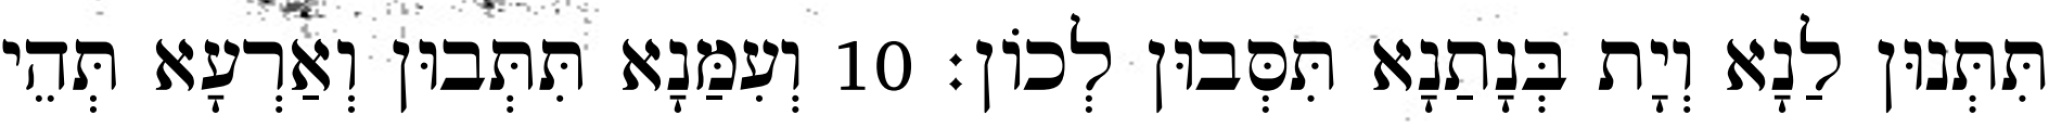
תִּתְּנוּן לַנָא וְיָת בְּנָתַנָא תִּסְּבוּן לְכוֹן׃ 10 וְעִמַּנָא תִּתְּבוּן וְאַרְעָא תְּהֵי